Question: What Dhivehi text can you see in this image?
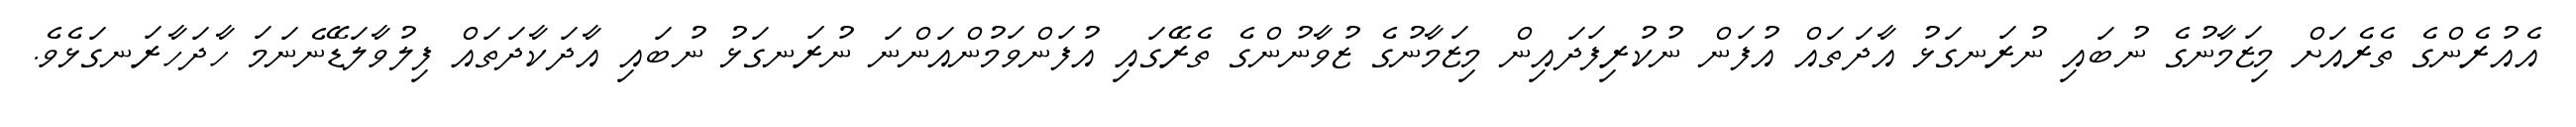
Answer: އެއުރެންގެ ތެރެއަށް މިޒަމާނުގެ ނުބައި ނުރަނގަޅު އާދަތައް އުފަން ނުކުރިފަދައިން މިޒަމާނުގެ ޒުވާނުންގެ ތެރޭގައި އުފަންވަމުންއަންނަ ނުރަނގަޅު ނުބައި އާދަކާދަތައް ފިލުވާލަޑޭނެނަމަ ހާދަހާރަނގަޅެވެ.